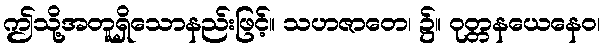
ဤသို့အတူရှိသောနည်းဖြင့်။ သဟဇာတေ၊ ၌။ ဝုတ္တနယေနေဝ၊